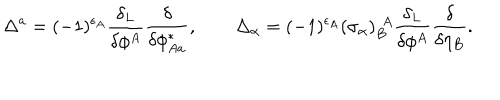
LaTeX: \Delta ^ { a } = ( - 1 ) ^ { \epsilon _ { A } } \frac { \delta _ { L } } { \delta \phi ^ { A } } \frac { \delta } { \delta \phi _ { A a } ^ { * } } , \qquad \Delta _ { \alpha } = ( - 1 ) ^ { \epsilon _ { A } } ( \sigma _ { \alpha } ) _ { B } ^ { ~ ~ \! A } \frac { \delta _ { L } } { \delta \phi ^ { A } } \frac { \delta } { \delta \eta _ { B } } .